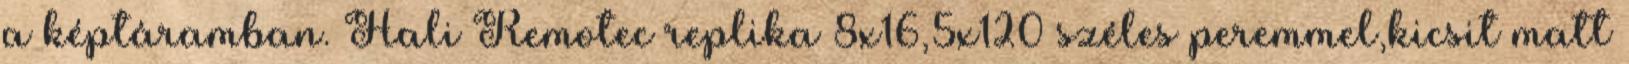
a képtáramban. Hali Remotec replika 8x16,5x120 széles peremmel,kicsit matt